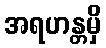
အရဟန္တမှိ